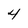
Character: 4